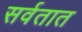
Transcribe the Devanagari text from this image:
सर्वतात